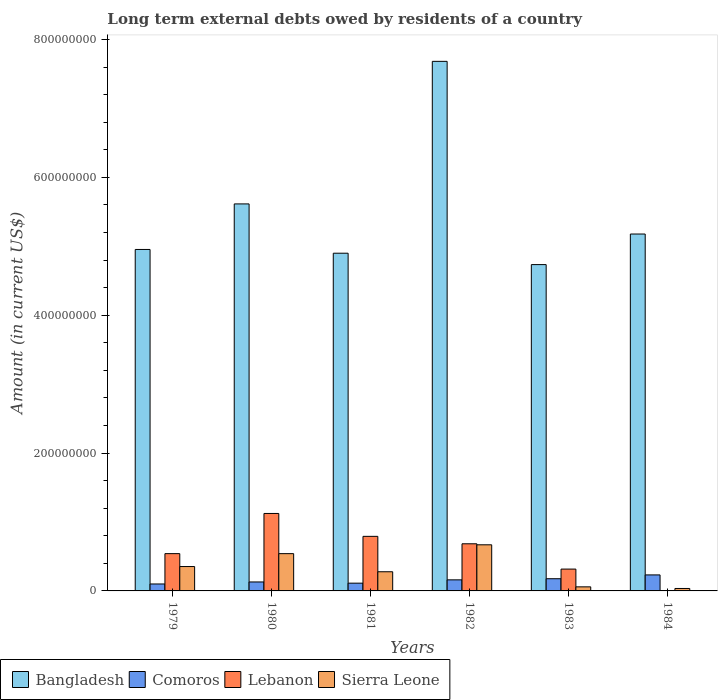
| Years | Bangladesh | Comoros | Lebanon | Sierra Leone |
 | --- | --- | --- | --- | --- |
 | 1979 | 4.95e+08 | 1.01e+07 | 5.41e+07 | 3.54e+07 |
 | 1980 | 5.61e+08 | 1.3e+07 | 1.12e+08 | 5.41e+07 |
 | 1981 | 4.9e+08 | 1.13e+07 | 7.92e+07 | 2.78e+07 |
 | 1982 | 7.68e+08 | 1.61e+07 | 6.84e+07 | 6.69e+07 |
 | 1983 | 4.73e+08 | 1.77e+07 | 3.17e+07 | 5.91e+06 |
 | 1984 | 5.18e+08 | 2.32e+07 | -6.13e+06 | 3.56e+06 |